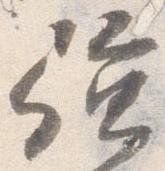
強